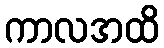
ကာလအထိ